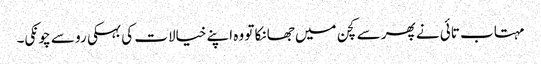
مہتاب تائی نے پھر سے کچن میں جھانکا تو وہ اپنے خیالات کی بہکی رو سے چونکی۔